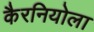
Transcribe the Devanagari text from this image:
कैरनियोला